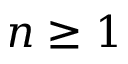
n \geq 1